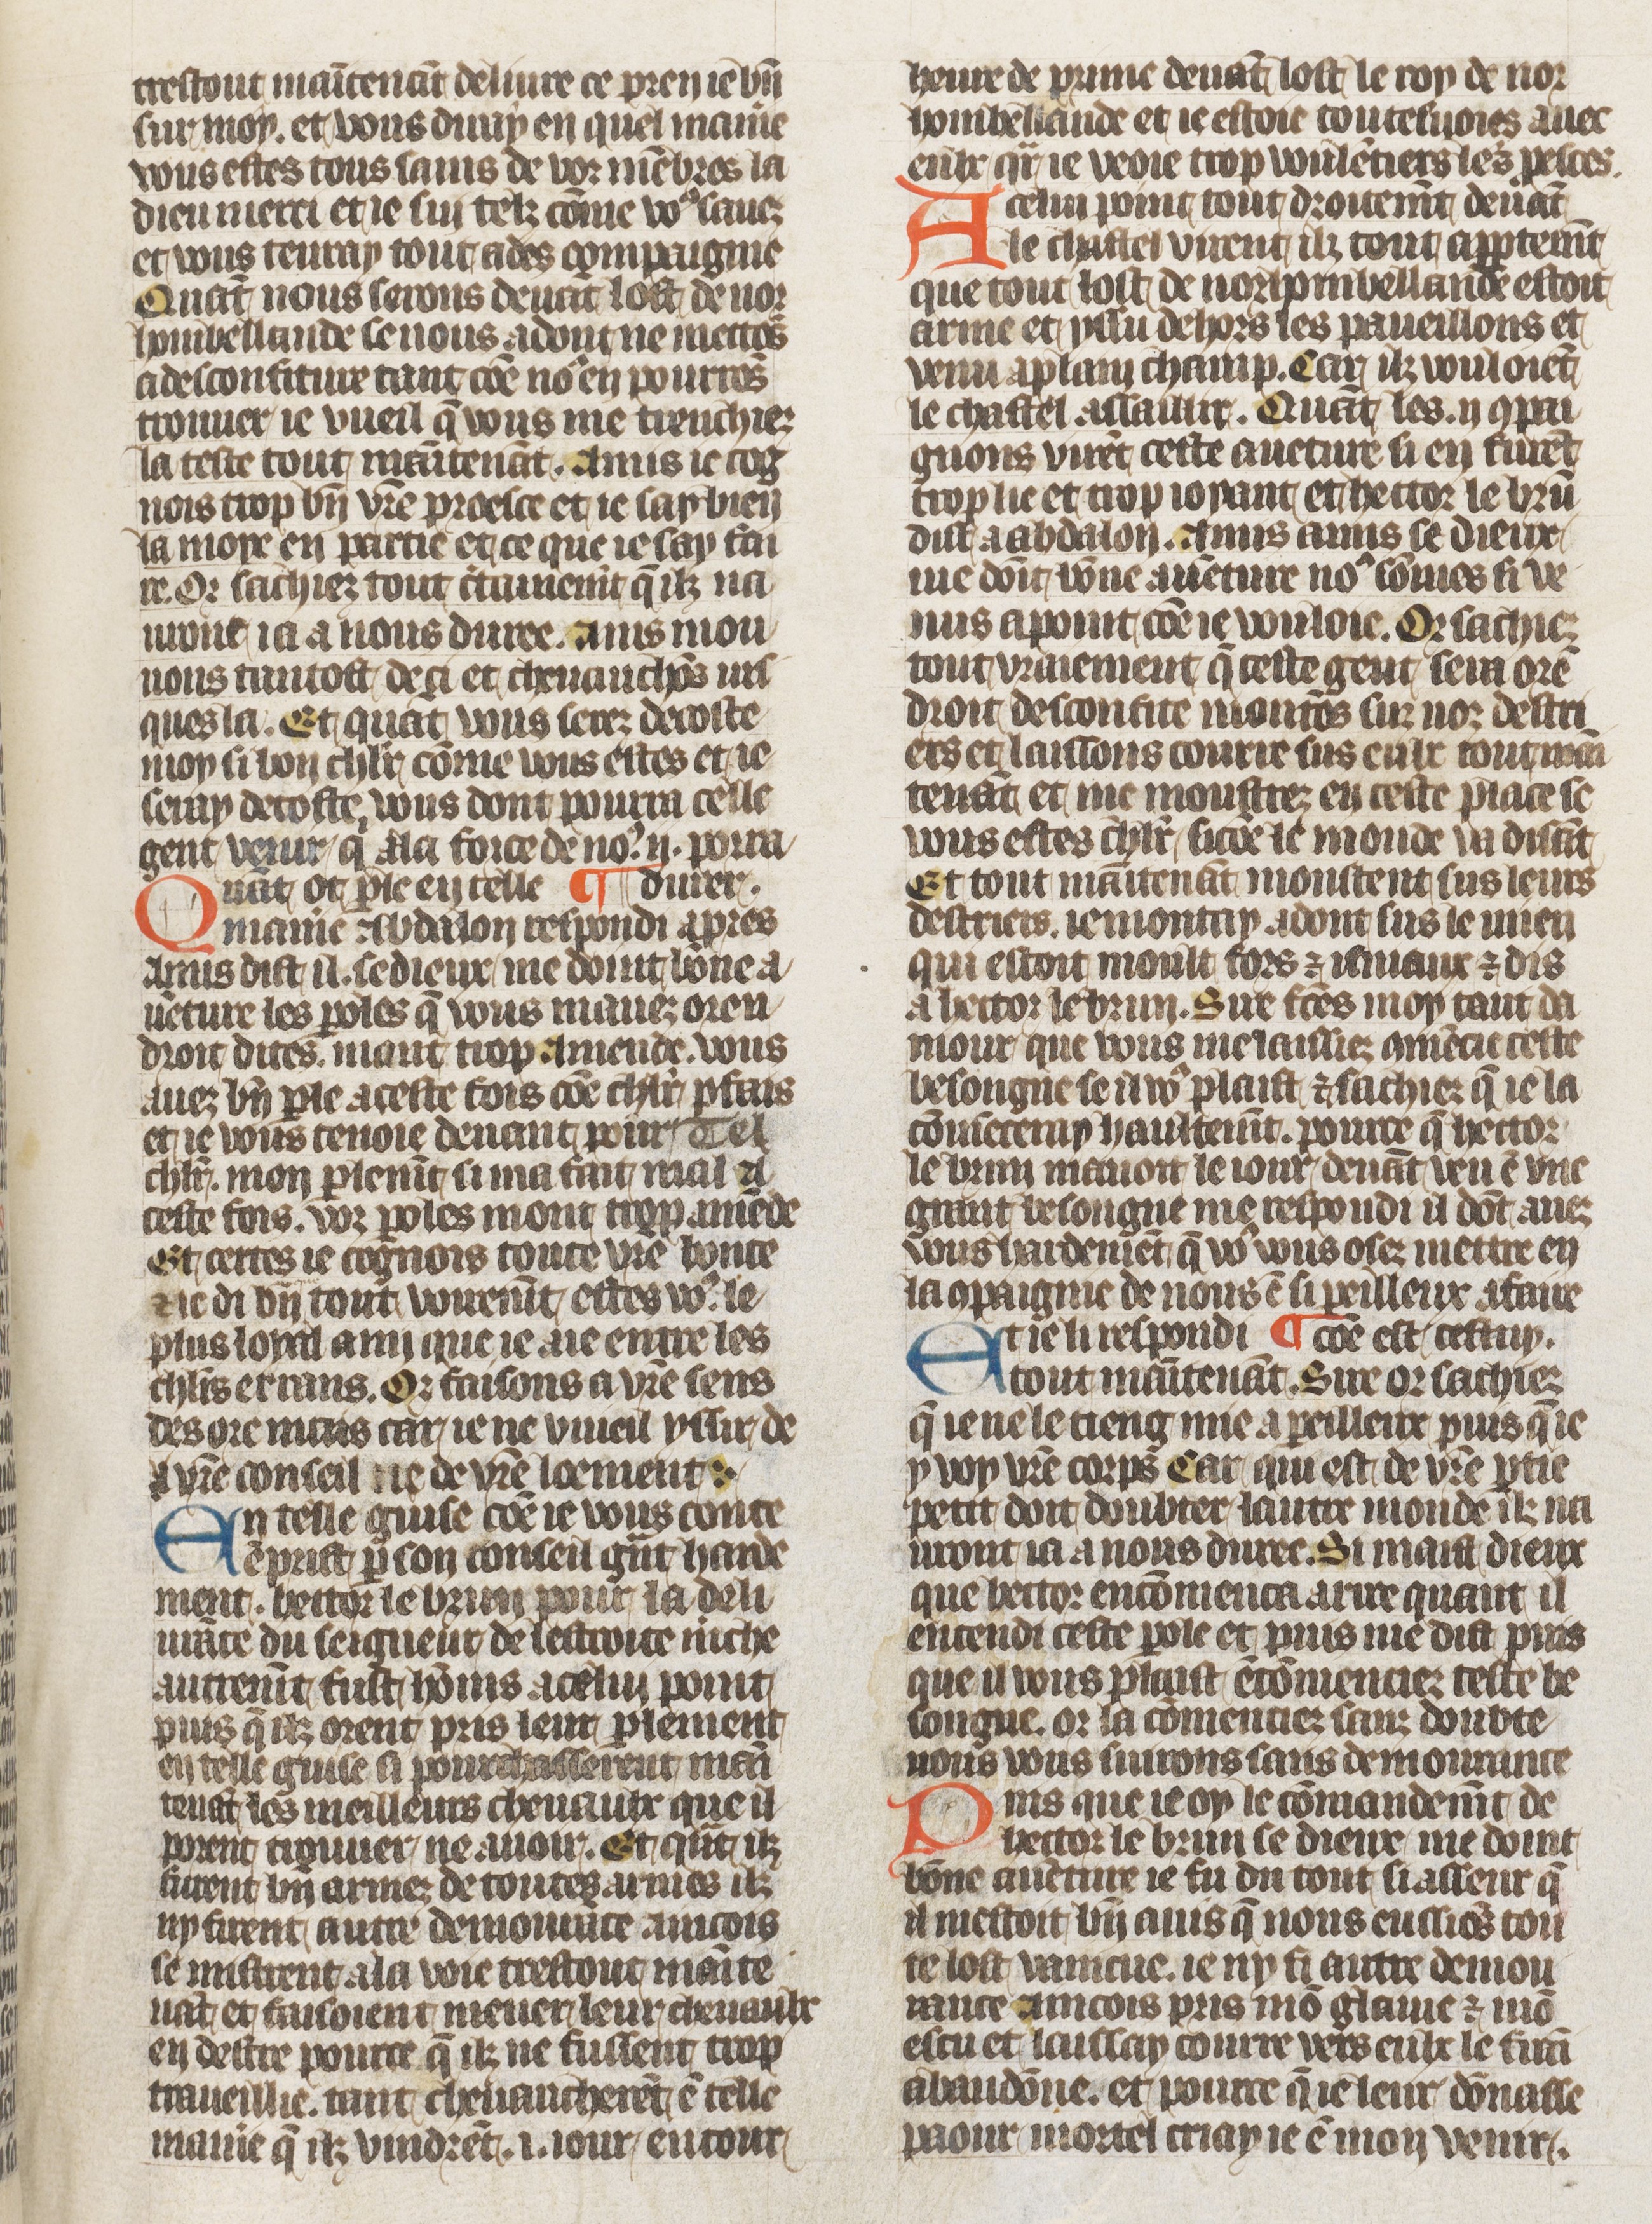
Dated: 1410–1430